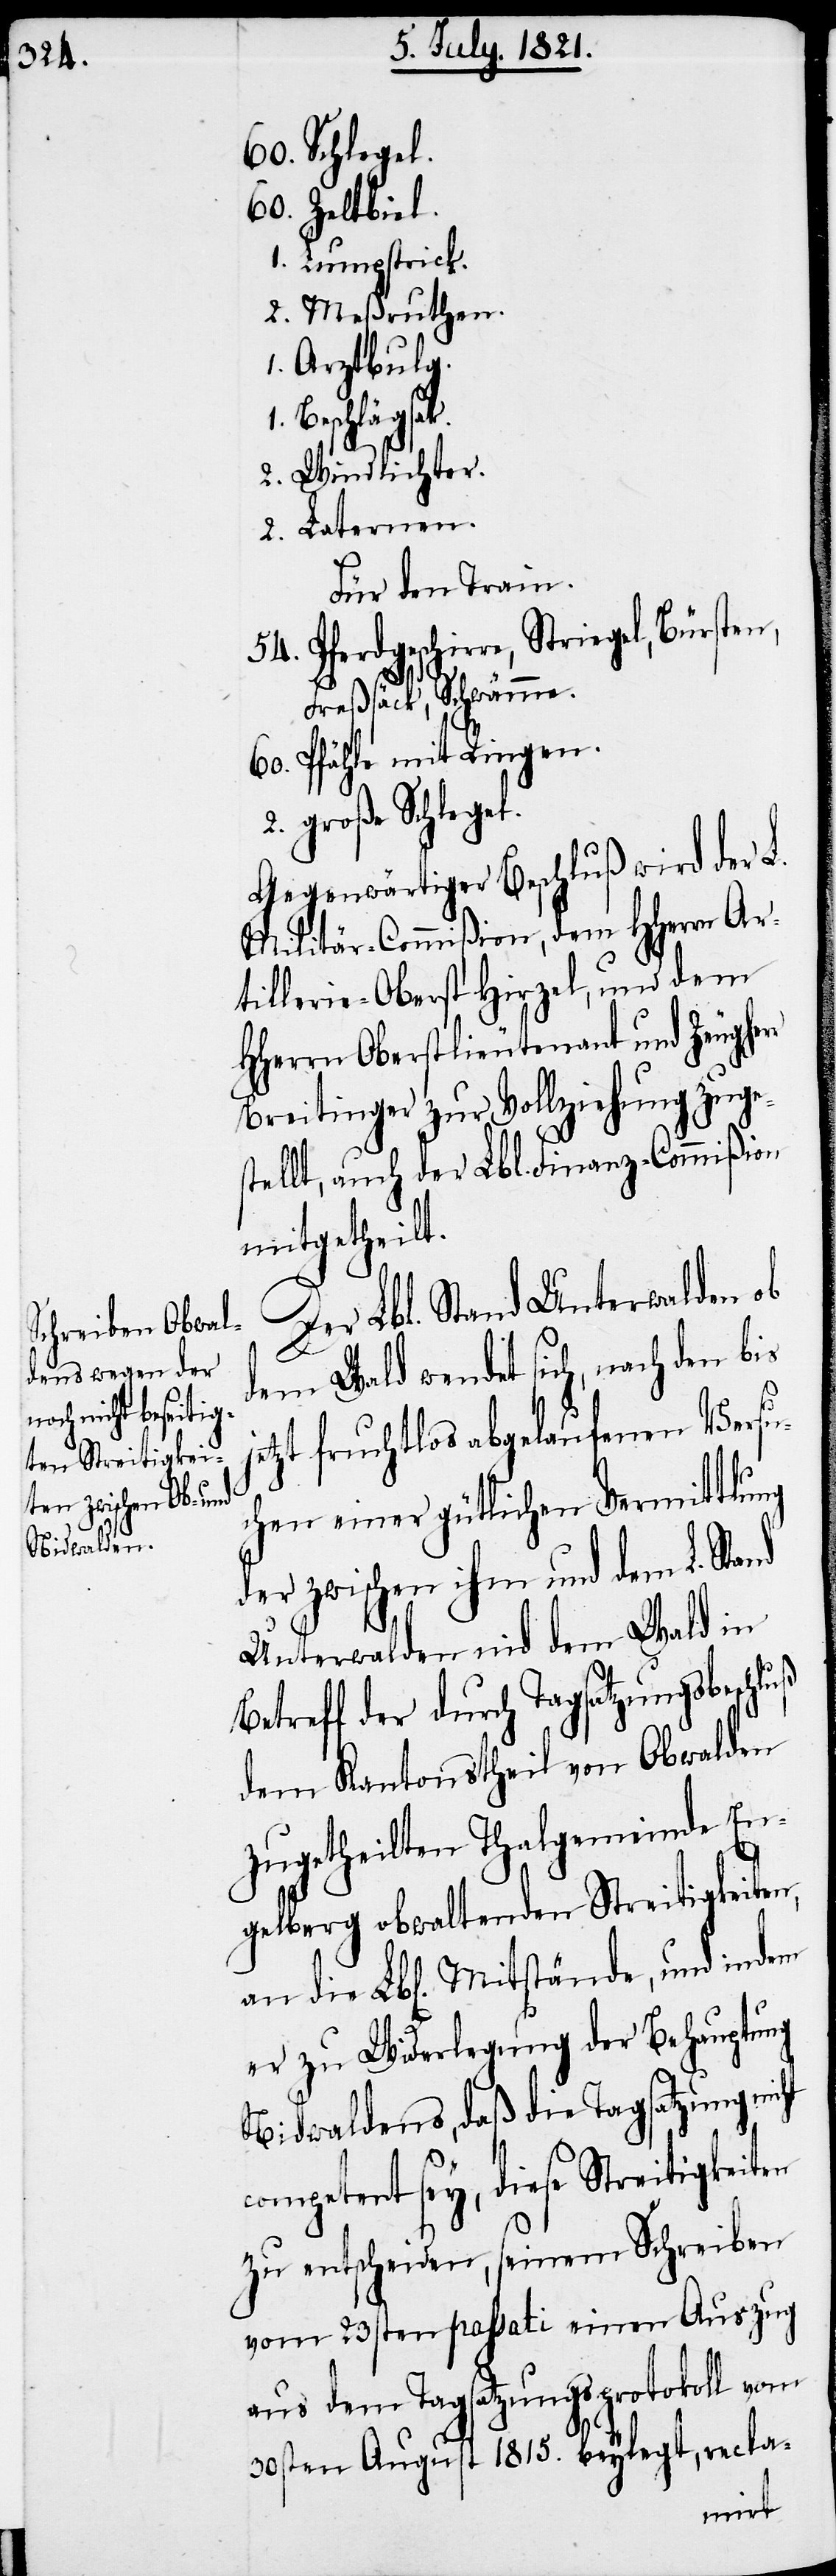
Zeltbiel.
Lumpstrick.
Meßruthen.
Arztbulg.
Beschlägsak.
Windlichter.
Laternen
Für den Train.
Pferdgeschirre, Striegel, Bürsten,
Freßsäck, Schwämme.
Pfähle mit Ringen.
große Schlegel.
Gegenwärtiger Beschluß wird der L.
Militär-Commißion, dem HHerrn Ar¬
tillerie-Oberst Hirzel, und dem
HHerrn Oberstlieutenant und Zeugherr
Breitinger zur Vollziehung zuges¬
tellt, auch der Lbl. Finanz-Commißion
mitgetheilt.
Der Lbl. Stand Unterwalden ob
dem Wald wendet sich, nach den bis
zt fruchtlos abgelaufenen Versu¬
chen einer gütlichen Vermittlung
der zwischen ihm und dem L.
Unterwalden nid dem Wald in
Betreff der durch Tagsatzungsbeschluß
dem Kantonstheil von Obwalden
zugetheilten Thalgemeinde En¬
gelberg obwaltenden Streitigkeiten,
er zu Widerlegung der Behauptung
Nidwaldens, daß die Tagsatzung nicht
competent sey, diese Streitigkeiten
zu entscheiden, seinem Schreiben
vom 23sten passati einen Auszug
aus dem Tagsatzungsprotokoll vom
30sten August 1815. beylegt, recla-
jet¬